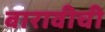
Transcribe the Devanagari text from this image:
बारावीची